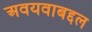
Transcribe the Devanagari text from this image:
अवयवाबद्दल